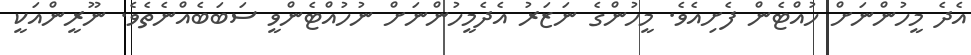
އެދެ މީހުންނަށް ހުއްޓެން ފެށިއެވެ. މީހުންގެ ނަޒަރު އެދެމީހުންނަށް ނުހުއްޓެންވީ ސަބަބެއްނެތެވެ. ނޫރީންއަކީ